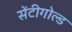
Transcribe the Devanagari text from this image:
सेंटीगोल्ड